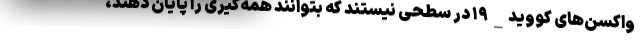
واکسن‌های کووید_۱۹ در سطحی نیستند که بتوانند همه‌گیری را پایان دهند،